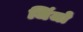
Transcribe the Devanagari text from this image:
जिंजो